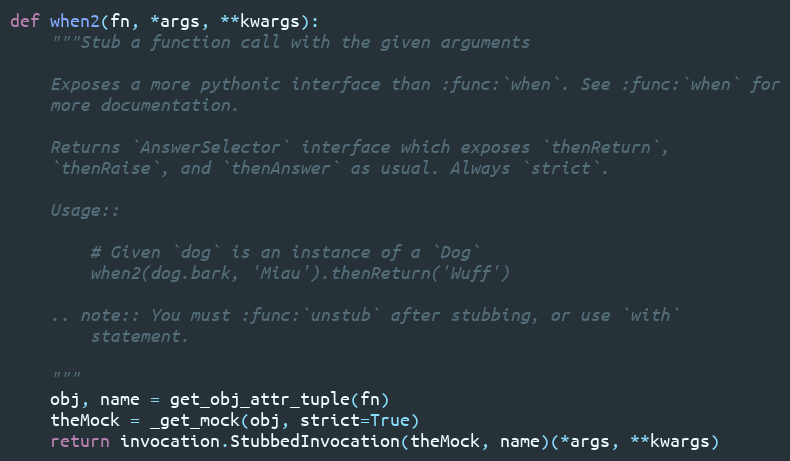
Language: Python
def when2(fn, *args, **kwargs):
    """Stub a function call with the given arguments

    Exposes a more pythonic interface than :func:`when`. See :func:`when` for
    more documentation.

    Returns `AnswerSelector` interface which exposes `thenReturn`,
    `thenRaise`, and `thenAnswer` as usual. Always `strict`.

    Usage::

        # Given `dog` is an instance of a `Dog`
        when2(dog.bark, 'Miau').thenReturn('Wuff')

    .. note:: You must :func:`unstub` after stubbing, or use `with`
        statement.

    """
    obj, name = get_obj_attr_tuple(fn)
    theMock = _get_mock(obj, strict=True)
    return invocation.StubbedInvocation(theMock, name)(*args, **kwargs)